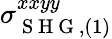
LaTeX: \sigma_{\mathrm{~S~H~G~},(1)}^{xxyy}